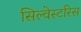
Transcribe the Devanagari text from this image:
सिल्वेस्टरिस